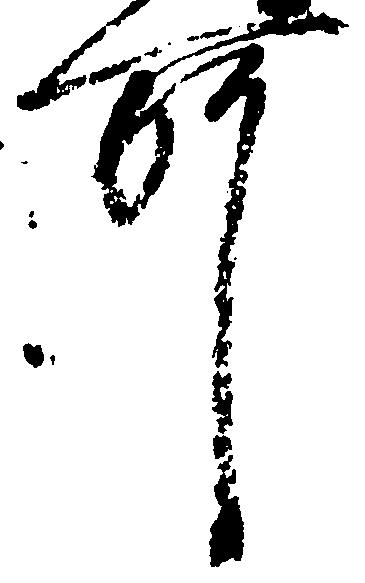
所